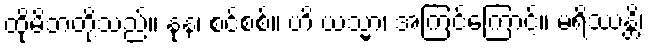
ထိုမိဘတို့သည်။ နုန၊ စင်စစ်။ ဟိ ယသ္မာ၊ အကြင်ကြောင့်။ မရိဿန္တိ၊